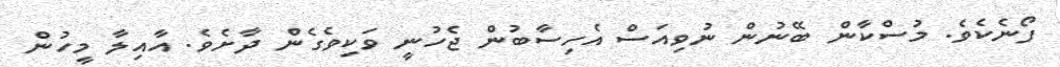
ފޯނެކެވެ. މުސްކާން ބޭނުން ނުވިއަސް އެހިސާބުން ޖެހުނީ ވަކިވެގެން ދާށެވެ. އާއިލާ މީހުން